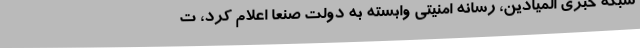
شبکه خبری المیادین، رسانه امنیتی وابسته به دولت صنعا اعلام کرد، ت